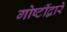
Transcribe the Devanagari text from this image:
गोष्टींद्वारे